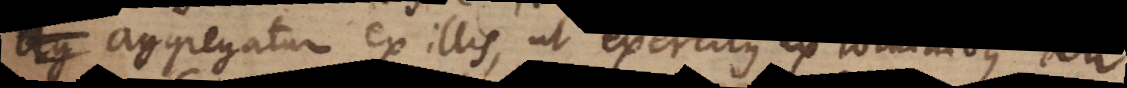
aggregatum ex illis, ut exercitus ex hominibus an